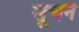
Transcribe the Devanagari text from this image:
सूचने